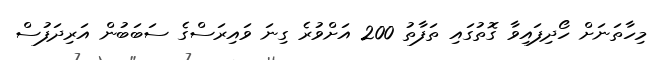
މިހާތަނަށް ހޯދިފައިވާ ގޮތުގައި ތަފާތު 200 އަށްވުރެ ގިނަ ވައިރަސްގެ ސަބަބުން އަރިދަފުސް